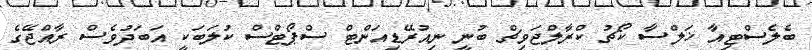
ބެލެސްޓިއާ ޚަލްސާ ކޯޗު ކްރާލްޖަވިޗް ބުނީ ނިއުރޭޑިއަންޓް ސްޕޯޓްސް ކުލަބަކީ އަބަދުވެސް ރާއްޖޭގެ